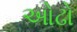
ઓઢો